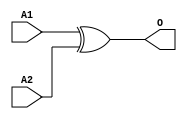
module JXOR2A(A1, A2, O);
input   A1;
input   A2;
output  O;
xor g0(O, A1, A2);
endmodule